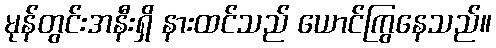
မုန်တွင်းအနီးရှိ နားထင်သည် ယောင်ကြွနေသည်။